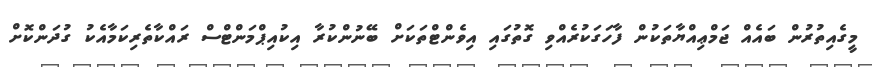
މީގެއިތުރުން ބައެއް ޖަމްޢިއްޔާތަކުން ފާހަގަކުރެއްވި ގޮތުގައި އިވެންޓްތަކަށް ބޭނުންކުރާ އިކުއިޕްމަންޓްސް ރައްކާތެރިކަމާއެކު ގުދަންކޮށް